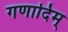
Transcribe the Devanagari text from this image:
गणादिम्